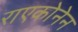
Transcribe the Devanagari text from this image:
राएकोनेन